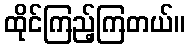
ထိုင်ကြည့်ကြတယ်။